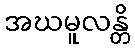
အဃမူလန္တိ